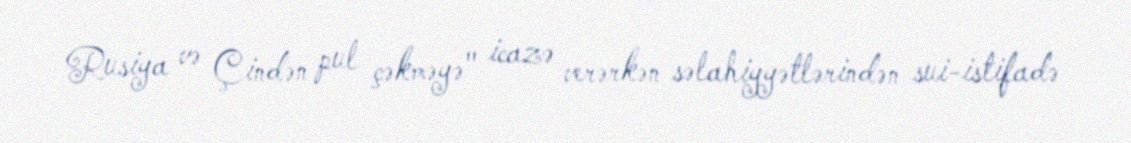
Rusiya və Çindən pul çəkməyə" icazə verərkən səlahiyyətlərindən sui-istifadə